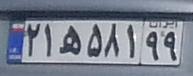
۲۱ه۵۸۱۹۹